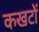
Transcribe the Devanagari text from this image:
कखटों